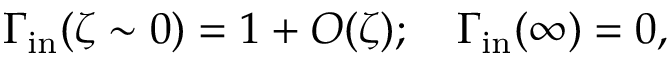
\Gamma _ { \mathrm { i n } } ( \zeta \sim 0 ) = 1 + O ( \zeta ) ; \quad \Gamma _ { \mathrm { i n } } ( \infty ) = 0 ,